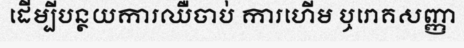
ដើម្បីបន្ថយការឈឺចាប់ ការហើម ឬរោគសញ្ញា